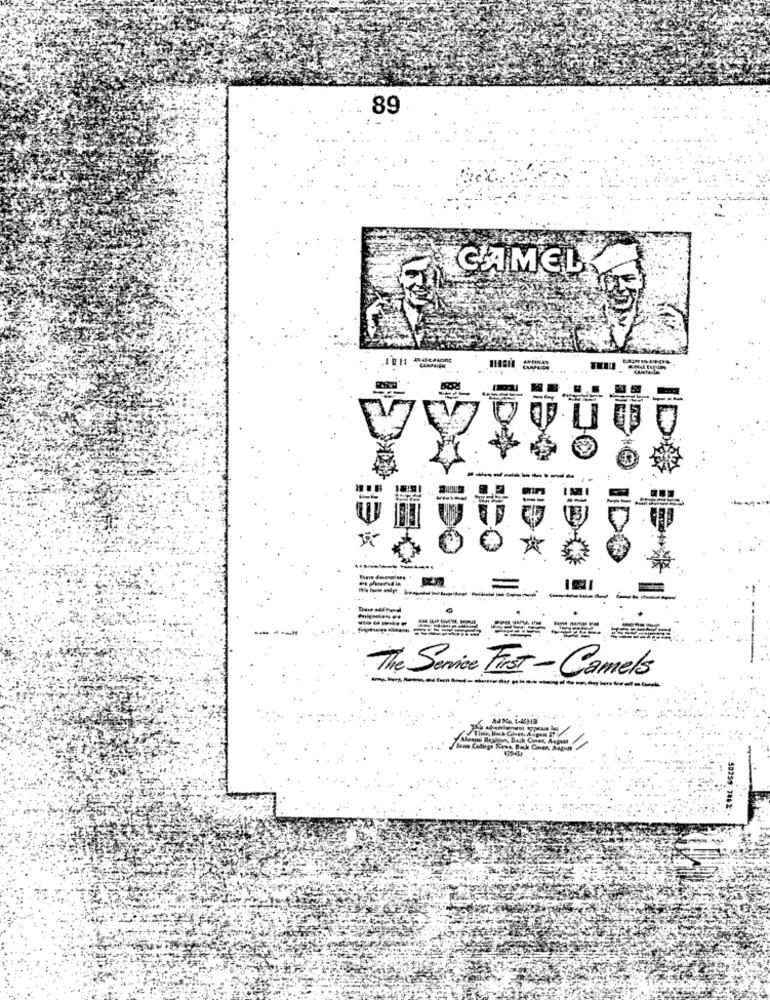
89
CAMEL
119818
...
---
---------
-------.
...
-------
----
The Service First-Camels
50259-7462